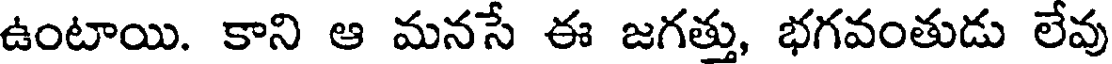
ఉంటాయి. కాని ఆ మనసే ఈ జగత్తు, భగవంతుడు లేవు